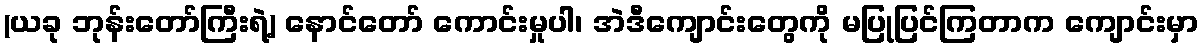
(ယခု ဘုန်းတော်ကြီးရဲ့) နောင်တော် ကောင်းမှုပါ၊ အဲဒီကျောင်းတွေကို မပြုပြင်ကြတာက ကျောင်းမှာ